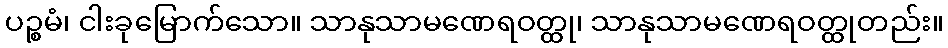
ပဉ္စမံ၊ ငါးခုမြောက်သော။ သာနုသာမဏေရဝတ္ထု၊ သာနုသာမဏေရဝတ္ထုတည်း။